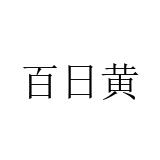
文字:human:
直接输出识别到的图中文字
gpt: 百日黄